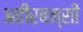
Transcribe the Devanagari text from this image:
अहीरबन्सी